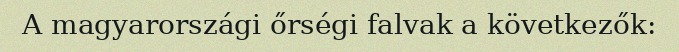
A magyarországi őrségi falvak a következők: